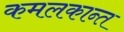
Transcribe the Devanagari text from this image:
कमलकान्‍त